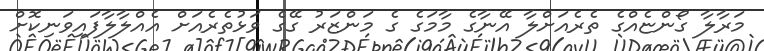
މަރާލާ ގޯންޏެއްގެ ތެރެއަށްލާ އޭނާގެ މާމަގެ ގެ މަންޒަރު ގޭގެ ވަޅުތެރެއަށް އެއްލާލާފައިވަނިކޮށް